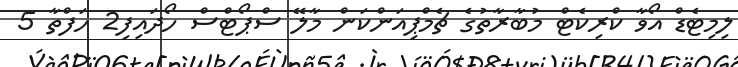
ލިމިޓެޑް އޯވާ ކްރިކެޓް މުބާރާތުގެ ޗެމްޕިއަންކަން މާލޭ ސްޕޯޓްސް ހޯދައިފި2 ހަފްތާ 5